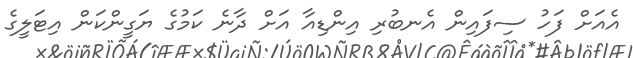
އެއަށް ފަހު ސިފައިން އެނބުރި އިންޑިއާ އަށް ދާނެ ކަމުގެ ޔަގީންކަން އިޓަލީގެ